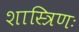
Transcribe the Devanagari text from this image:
शास्त्रिणः